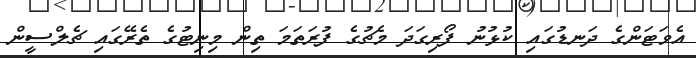
އެވަޓަންގެ ދަނޑުގައި ކުޅުނު ފޯރިގަދަ މެޗުގެ ފުރަތަމަ ތިން މިނިޓުގެ ތެރޭގައި ޗެލްސީން